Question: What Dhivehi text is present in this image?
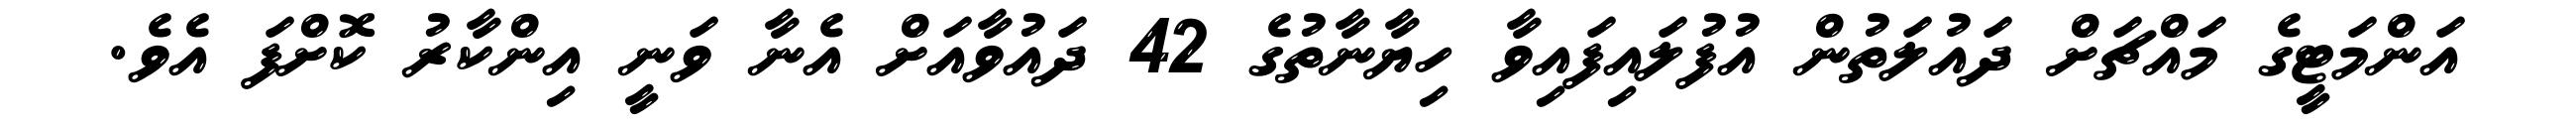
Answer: އަންމަޓީގެ މައްޗަށް ދައުލަތުން އުފުލައިފައިވާ ހިޔާނާތުގެ 42 ދައުވާއަށް އެނާ ވަނީ އިންކާރު ކޮށްފަ އެވެ.